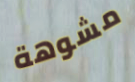
مشوهة